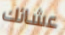
عشائك